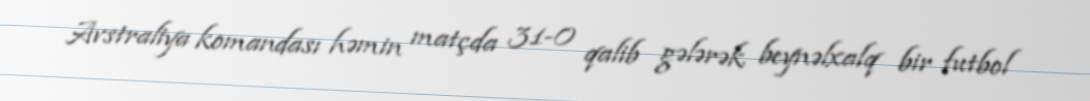
Avstraliya komandası həmin matçda 31-0 qalib gələrək beynəlxalq bir futbol